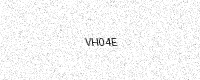
Text: VH04E